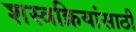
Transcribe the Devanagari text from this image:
शस्त्रक्रियांसाठी